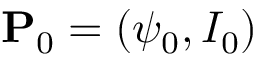
\mathbf { P } _ { 0 } = ( \psi _ { 0 } , I _ { 0 } )